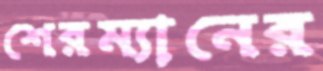
শেরম্যানের